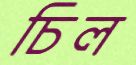
চিল